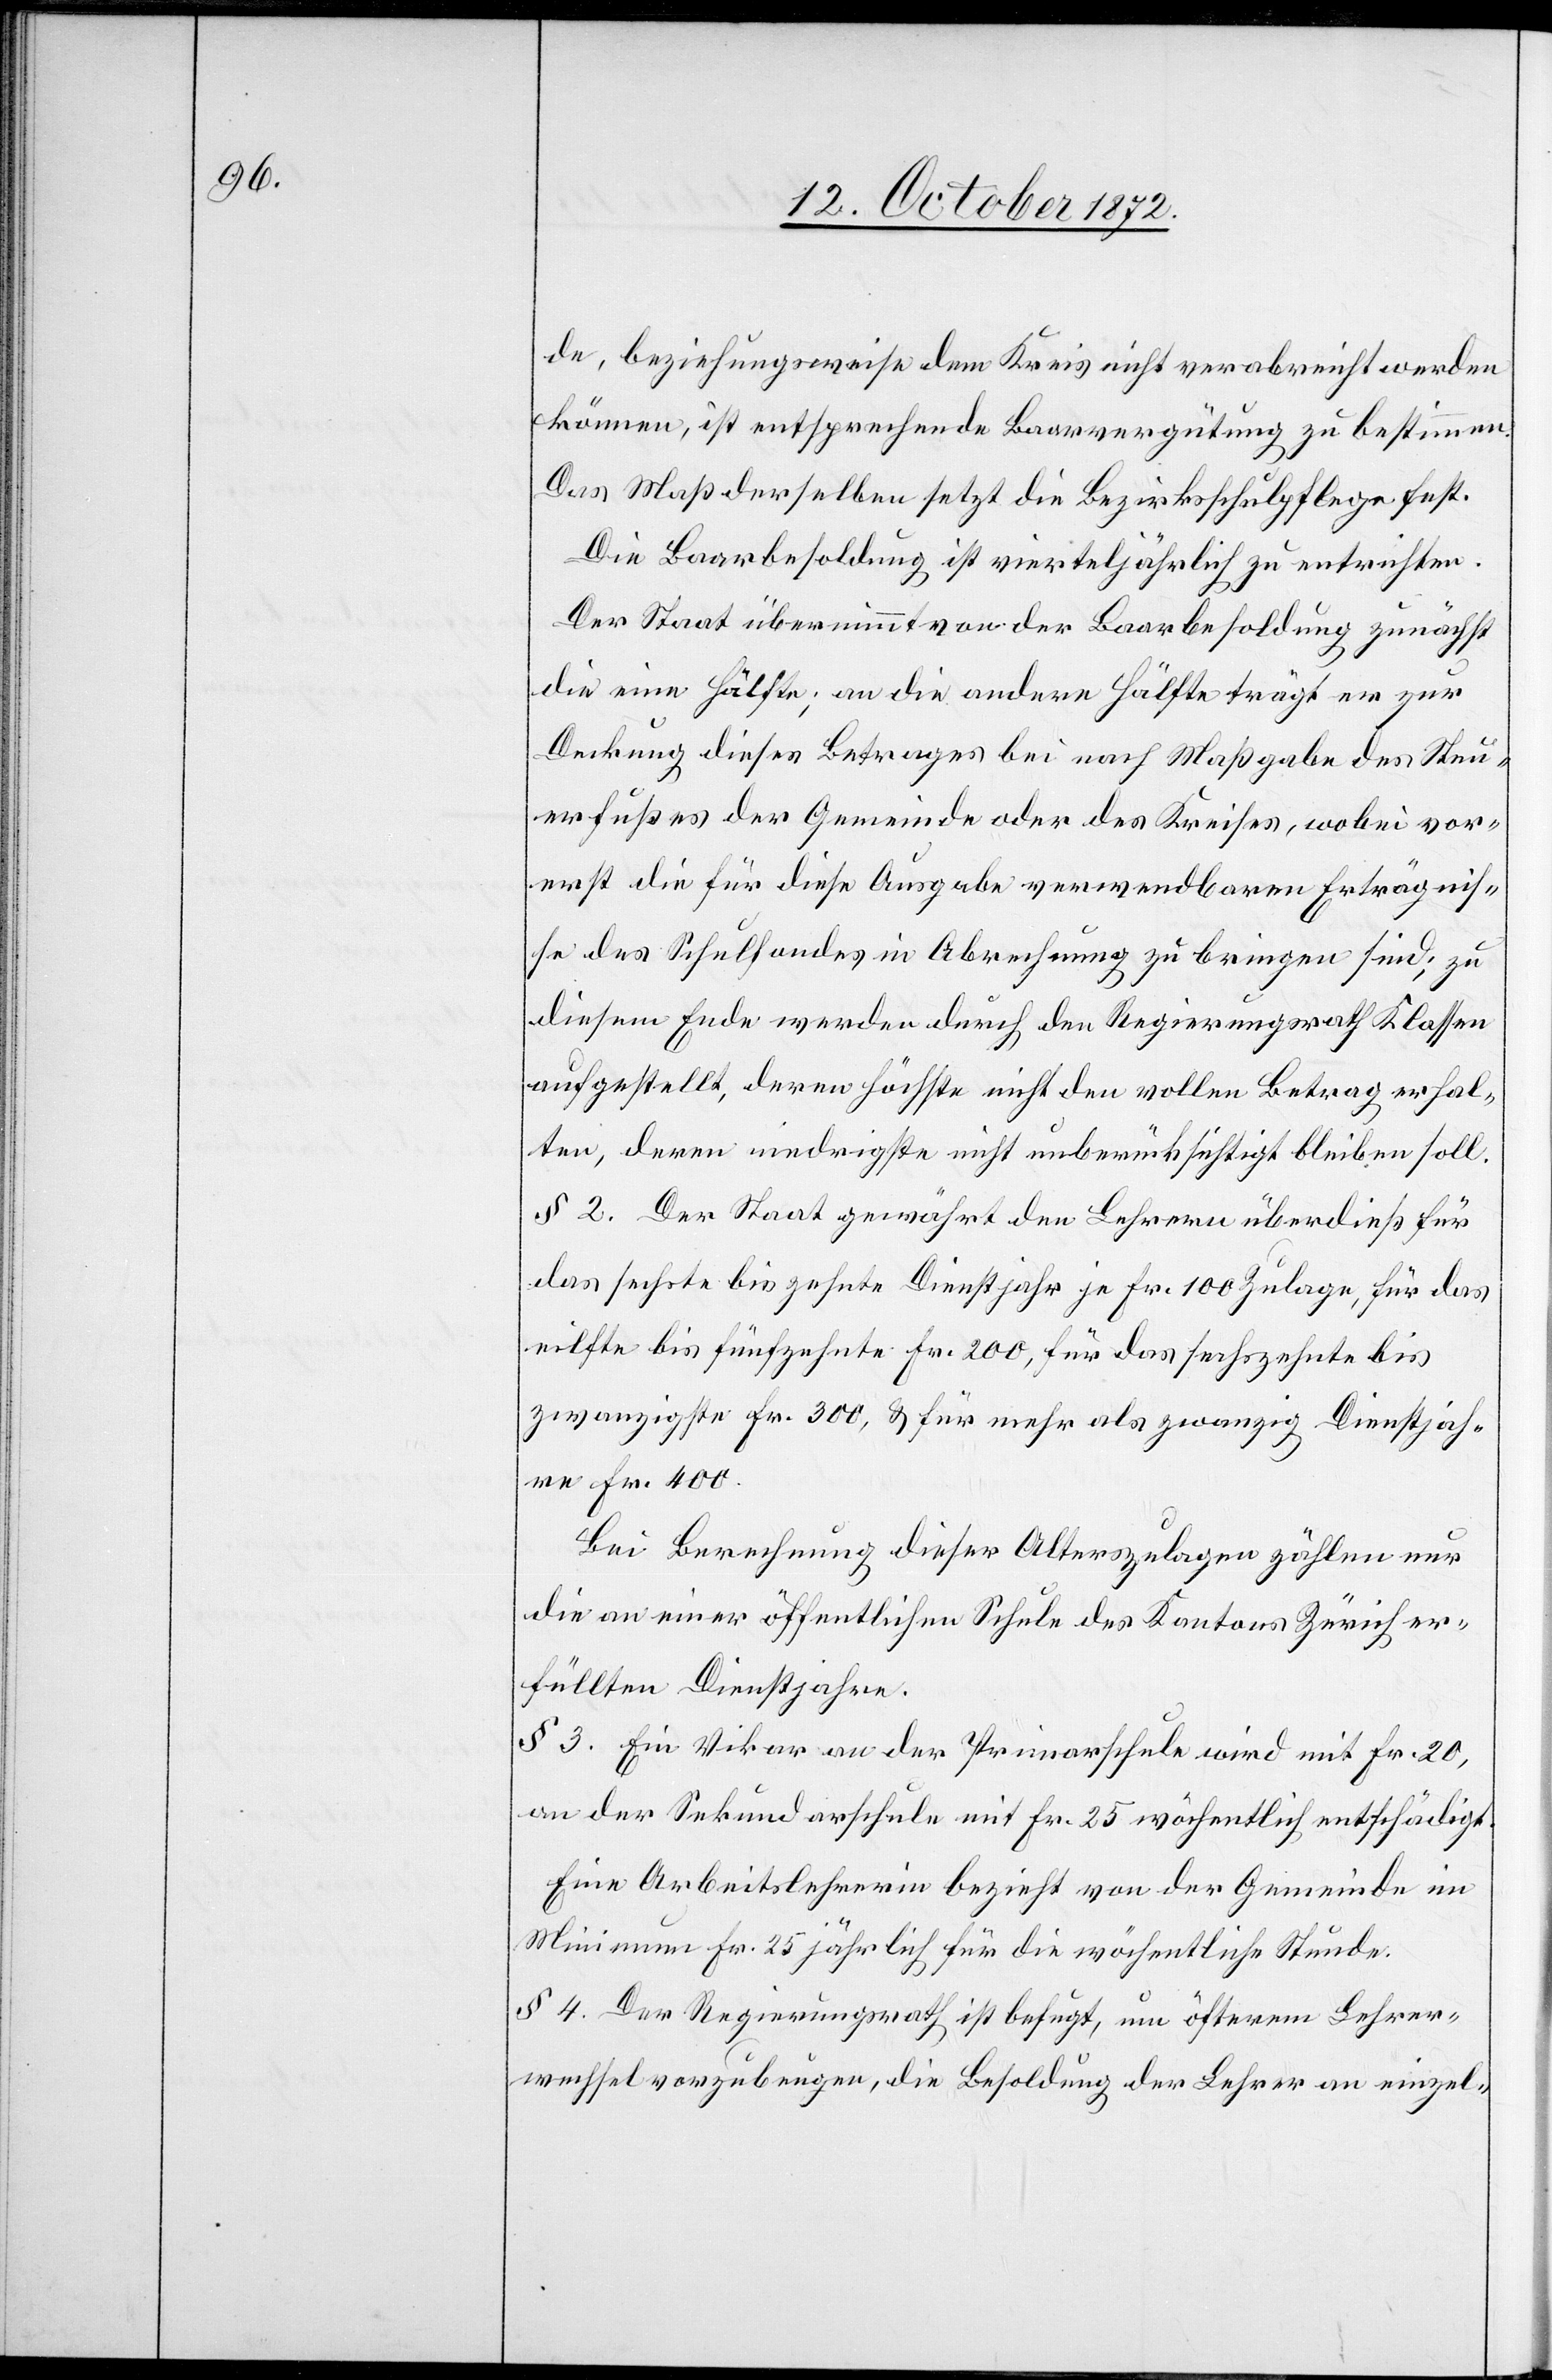
de, beziehungsweise dem Kreis nicht verabreicht werden
können, ist entsprechende Baarvergütung zu bestimmen.
Das Maß derselben setzt die Bezirksschulpflege fest.
Die Baarbesoldung ist vierteljährlich zu entrichten.
Der Staat übernimmt von der Baarbesoldung zunächst
die eine Hälfte; an die andere Hälfte trägt er zur
Deckung dieses Betrages bei nach Maßgabe des Steu¬
erfußes der Gemeinde oder des Kreises, wobei vor¬
erst die für diese Ausgabe verwendbaren Erträgnis¬
se des Schulfondes in Abrechnung zu bringen sind; zu
diesem Ende werden durch den Regierungsrath Klassen
aufgestellt, deren höchste nicht den vollen Betrag erhal¬
ten, deren niedrigste nicht unberücksichtigt bleiben soll.
§ 2. Der Staat gewährt den Lehrern überdieß für
das sechste bis zehnte Dienstjahr je Fr. 100 Zulage, für das
eilfte bis fünfzehnte Fr. 200, für das sechszehnte bis
zwanzigste Fr. 300, u. für mehr als zwanzig Dienstjah¬
re Fr. 400.
Bei Berechnung dieser Alterszulagen zählen nur
die an einer öffentlichen Schule des Kantons Zürich er¬
füllten Dienstjahre.
§ 3. Ein Vikar an der Primarschule wird mit Fr. 20,
an der Sekundarschule mit Fr. 25 wöchentlich entschädigt.
Eine Arbeitslehrerin bezieht von der Gemeinde im
Minimum Fr. 25 jährlich für die wöchentliche Stunde.
§ 4. Der Regierungsrath ist befugt, um öfterem Lehrer¬
wechsel vorzubeugen, die Besoldung der Lehrer an einzel-